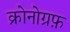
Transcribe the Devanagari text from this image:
क्रोनोग्रफ़